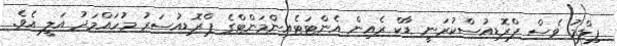
ފިލްމު ވެސް ޕްރޮޑިއުސްކުރަނީ ޑާކް ރެއިން އެންޓަޓެއިންމަންޓްގެ ޕްރޮޑިއުސަރު މުހައްމަދު އަލީ އެވެ.